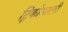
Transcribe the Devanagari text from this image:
ट्रिंकोमाली